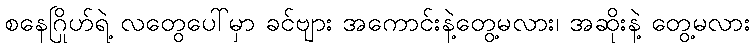
စနေဂြိုဟ်ရဲ့ လတွေပေါ်မှာ ခင်ဗျား အကောင်းနဲ့တွေ့မလား၊ အဆိုးနဲ့ တွေ့မလား